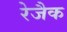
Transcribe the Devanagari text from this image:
रेजैक